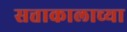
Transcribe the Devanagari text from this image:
सत्ताकालाच्या